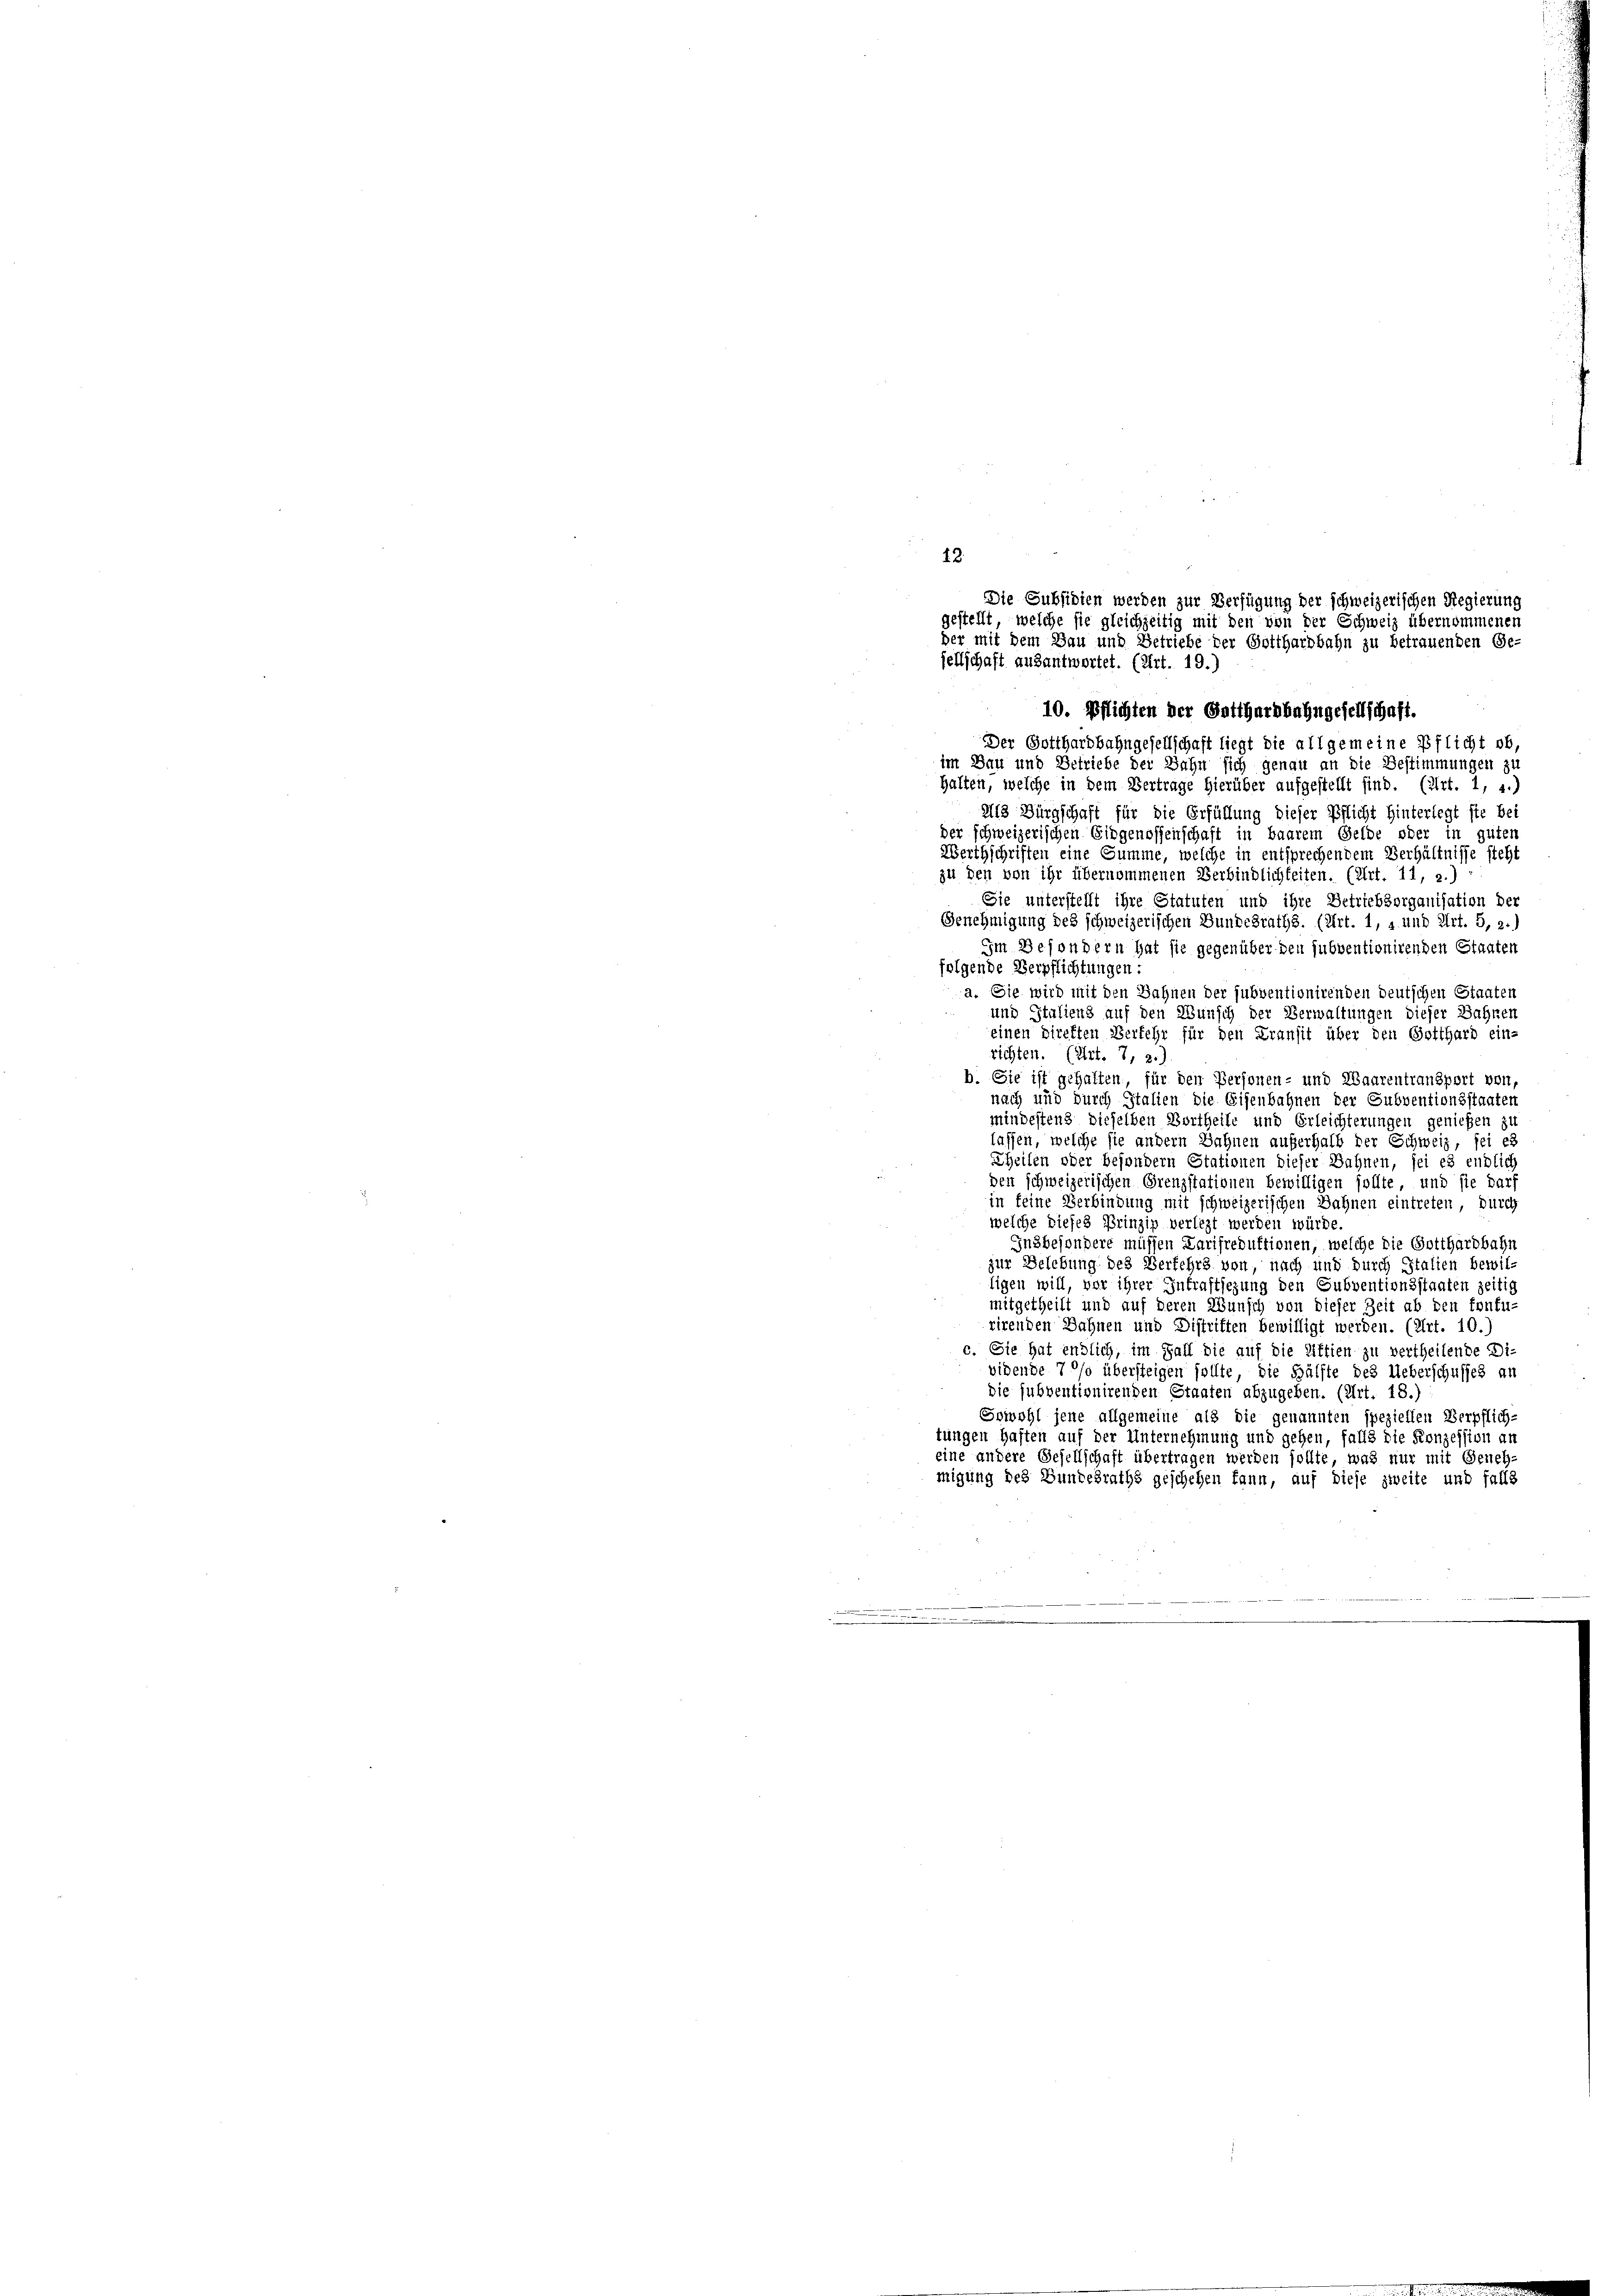
Der Gotthardbahngesellschaft liegt die allgemeine Pflicht ob,
im Bau und Betriebe der Jahn sich genau an die Bestimmungen zu
halten, welche in dem Vertrage hierüber aufgestellt sind. (Art. 1, 1.)
13 Bürgschaft für die Erfüllung dieser Pflicht Hinterlegt sie bei
der schweizerischen Eidgenossenschaft in baarem Gelde oder in guten
Werthschriften eine Summe, welche in entsprechendem Verhältnisse steht
zu den von ihr übernommenen Verbindlichkeiten. (Art. 11, 2.)
Sie unterstellt ihre Statuten und ihre Betriebsorganisation der
Genehmigung des schweizerischen Bundesraths. (Art. 1, 2 und Art. 5, 2.)
Im Besondern hat sie gegenüber den subventionirenden Staaten
folgende Verpflichtungen:
a. Sie wird mit den Sahnen der subventionirenden deutschen Staaten
und Italiens auf den Wunsch der Verwaltungen dieser Bahnen
einen direkten Verkehr für den Kransit über den Gotthard ein-
richten. (Art. 7, 2.)
b. Sie ist gehalten für den Personen- und Waarentransport von
nach und durch Italien die Eisenbahnen der Subventionsstaaten
mindestens dieselben Vortheile und Erleichterungen genießen zu
lassen, welche sie andern Sahnen außerhalb der Schweiz, sei es
Theilen oder besondern Stationen dieser Bahnen, sei es endlich
den schweizerischen Grenzstationen bewilligen sollte, und sie darf
in feine Verbindung mit schweizerischen Sahnen eintreten, durch
welche dieses Prinzip verlegt werden würde.
Insbesondere müssen Larifreduktionen, welche die Gotthardbahn
zur Belebung des Verfehrs von, nach und durch Italien bewil-
ligen will, vor ihrer Inkraftsezung den Subventionsstaaten zeitig
mitgetheilt und auf deren Wunsch von dieser Zeit ab den fontu-
rirenden Sahnen und Distritten bewilligt werden. (Art. 10.)
c. Sie hat endlich, im Fall die auf die Rittien zu vertheilende Di-
vidende 7°/o übersteigen sollte, die Hälfte des Ueberschusses an
die subventionirenden Staaten abzugeben. (Art. 18.)
Sowohl jene allgemeine als die genannten speziellen Verpflich-
tungen haften auf der Unternehmung und gehen, falls die Konzession an
eine andere Gesellschaft übertragen werden sollte, was nur mit Geneh-
migung des Bundesraths geschehen kann, auf diese zweite und falls
.

12.
Die Subsidien werden zur Verfügung der schweizerischen Regierung
gestellt, welche sie gleichzeitig mit den von der Schweiz übernommenen
der mit dem Bau und Betriebe der Gotthardbahn zu betrauenden Ge-
fellschaft ausantwortet. (Art. 19.
10. Pflichten der Gotthardbahngesellschaft.